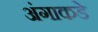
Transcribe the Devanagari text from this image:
अंगाकडे